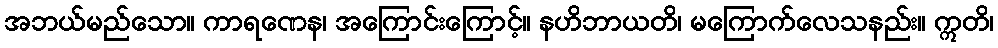
အဘယ်မည်သော။ ကာရဏေန၊ အကြောင်းကြောင့်။ နဟိဘာယတိ၊ မကြောက်လေသနည်း။ ဣတိ၊